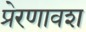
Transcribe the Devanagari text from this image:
प्रेरणावश